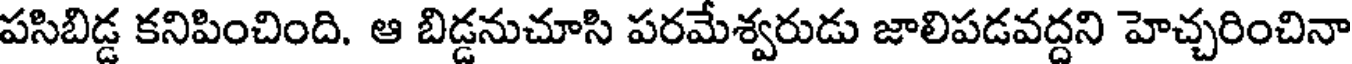
పసిబిడ్డ కనిపించింది. ఆ బిడ్డనుచూసి పరమేశ్వరుడు జాలిపడవద్దని హెచ్చరించినా